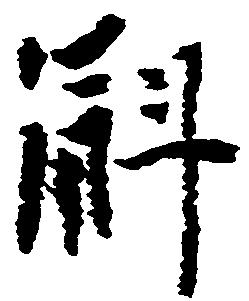
斛